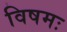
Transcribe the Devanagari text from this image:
विषमः